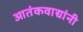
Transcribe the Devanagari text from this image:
आतंकवाद्यांनी